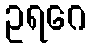
ဥရဂေ